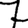
Digit: 7